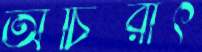
অচিরাৎ